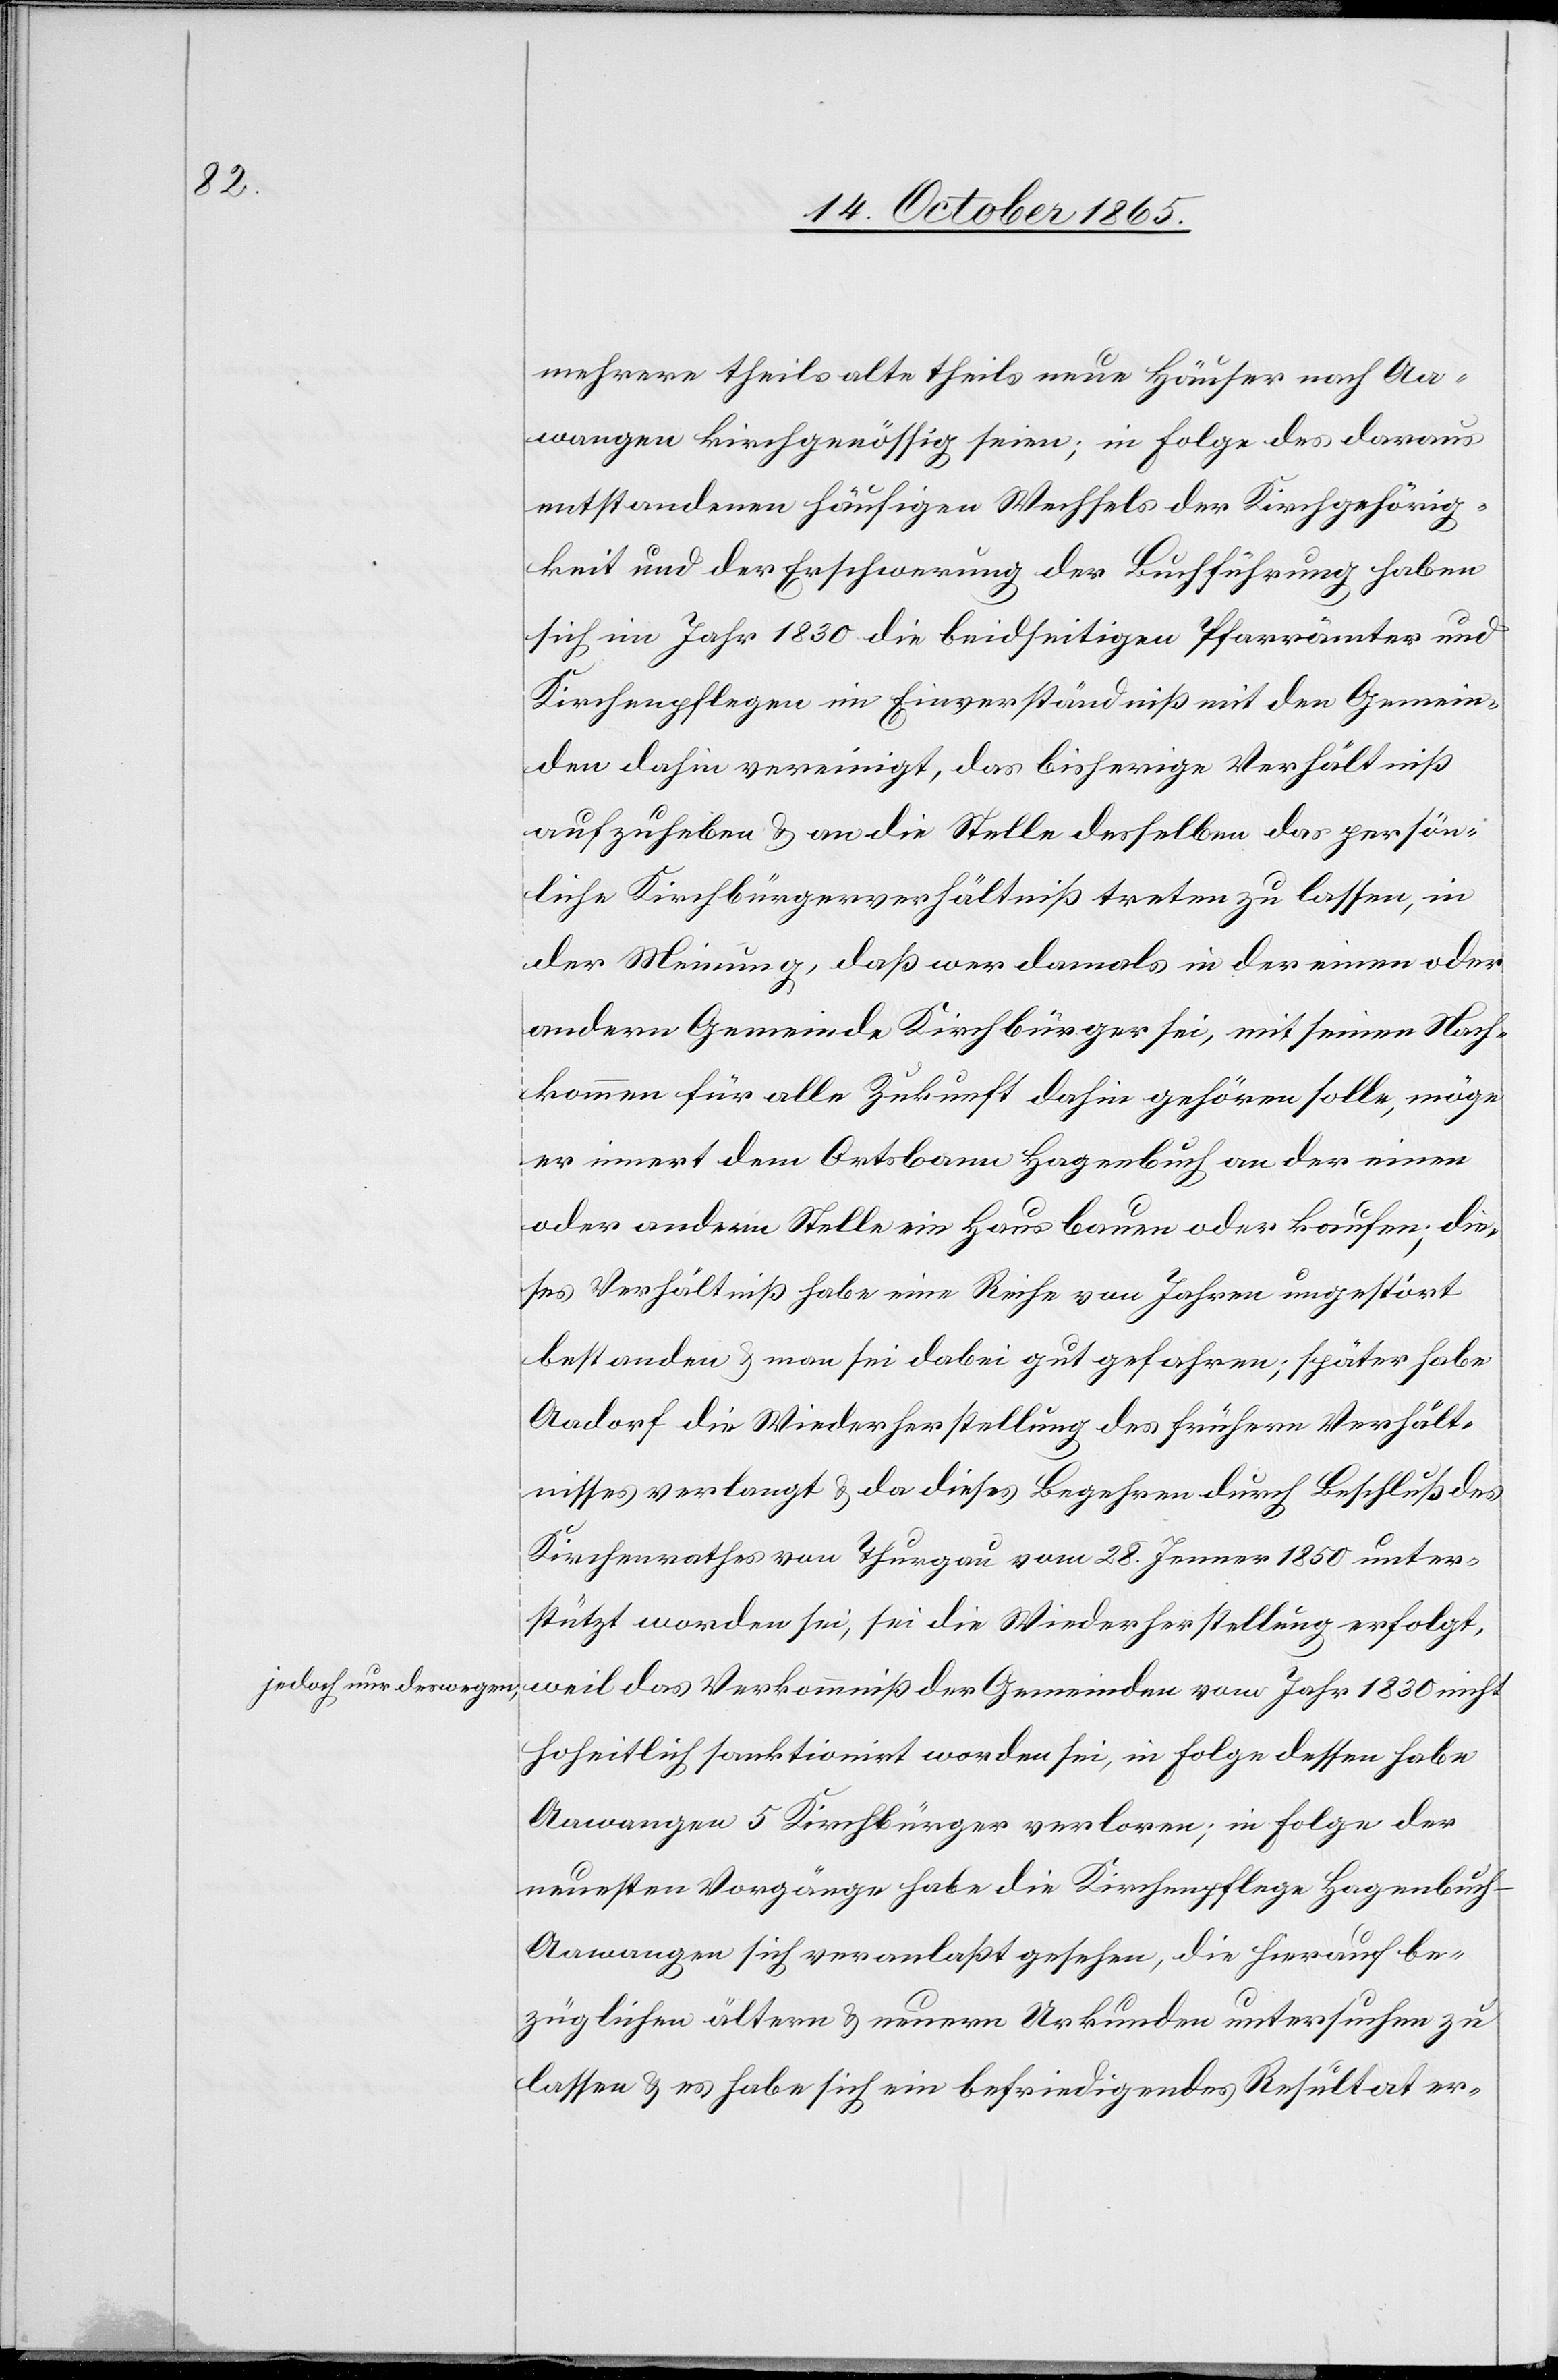
a-jedoch nur deswegen,-a

mehrere theils alte theils neue Häuser nach Aa¬
wangen kirchgenössig seien; in Folge des daraus
entstandenen häufigen Wechsels der Kirchgehörig¬
keit und der Erschwerung der Buchführung haben
sich im Jahr 1830 die beidseitigen Pfarrämter und
Kirchenpflegen im Einverständniß mit den Gemein¬
den dahin vereinigt, das bisherige Verhältniß
aufzuheben & an die Stelle desselben das persön¬
liche Kirchbürgerverhältniß treten zu lassen, in
der Meinung, daß wer damals in der einen oder
andern Gemeinde Kirchbürger sei, mit seinen Nach¬
kommen für alle Zukunft dahin gehören solle, möge
er innert dem Ortsbann Hagenbuch an der einen
oder andern Stelle ein Haus bauen oder kaufen; die¬
ses Verhältniß habe eine Reihe von Jahren ungestört
bestanden & man sei dabei gut gefahren; später habe
Aadorf die Wiederherstellung des frühern Verhält¬
nisses verlangt & da dieses Begehren durch Beschluß des
Kirchenrathes von Thurgau vom 28. Jenner 1850 unter¬
stützt worden sei, sei die Wiederherstellung erfolgt,
weil das Verkommniß der Gemeinden vom Jahr 1830 nicht
hoheitlich sanktionirt worden sei, in Folge dessen habe
Aawangen 5 Kirchbürger verloren; in Folge der
neuesten Vorgänge habe die Kirchenpflege Hagenbuc¬
h-Aawangen sich veranlaßt gesehen, die hierauf be¬
züglichen ältern & neuern Urkunden untersuchen zu
lassen & es habe sich ein befriedigendes Resultat er-